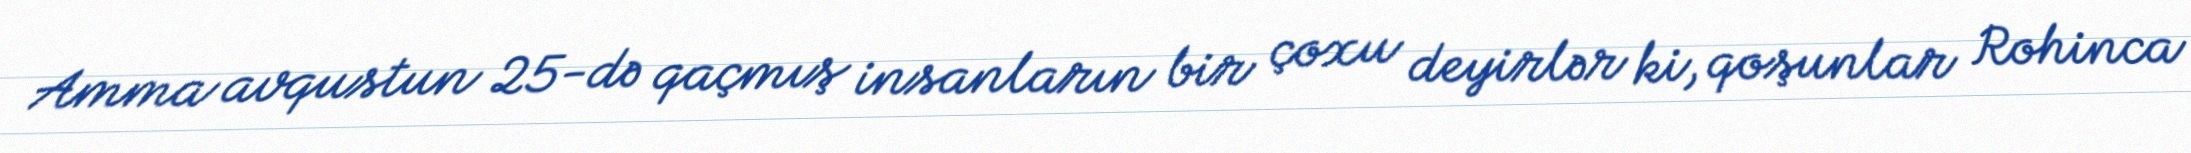
Amma avqustun 25-də qaçmış insanların bir çoxu deyirlər ki, qoşunlar Rohinca